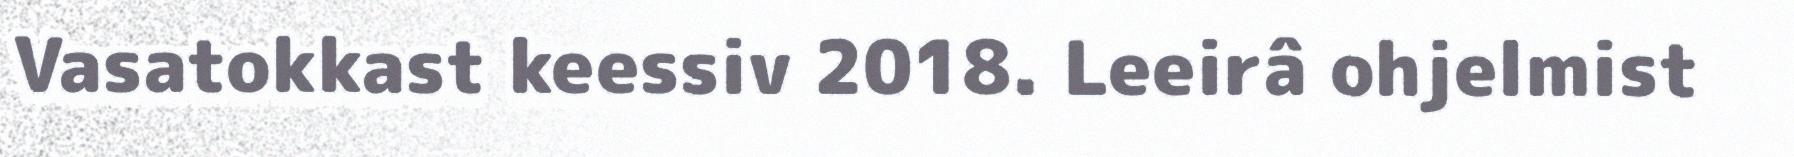
Vasatokkast keessiv 2018. Leeirâ ohjelmist